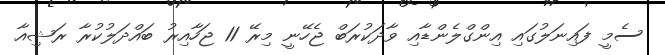
ސެމީ ފައިނަލުގައި އިންގްލެންޑާއި ވާދަކުރަބް ޖެހޭނީ މިރޭ 11 ޖަހާއިރު ބައްދަލުކުރާ ރަޝިއާ